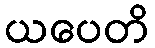
ယပေတိ